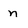
Character: n